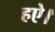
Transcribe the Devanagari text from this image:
हऐ।